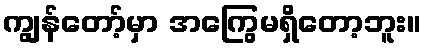
ကျွန်တော့်မှာ အကြွေမရှိတော့ဘူး။